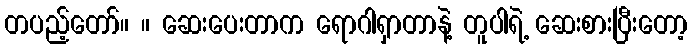
တပည့်တော်။ ။ ဆေးပေးတာက ရောဂါရှာတာနဲ့ တူပါရဲ့ ဆေးစားပြီးတော့